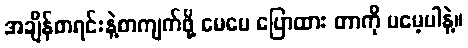
အချိန်စာရင်းနဲ့စာကျက်ဖို့ မေမေ ပြောထား တာကို မမေ့ပါနဲ့။